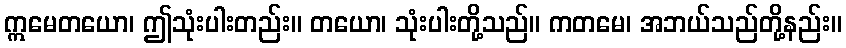
ဣမေတယော၊ ဤသုံးပါးတည်း။ တယော၊ သုံးပါးတို့သည်။ ကတမေ၊ အဘယ်သည်တို့နည်း။